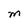
Character: M